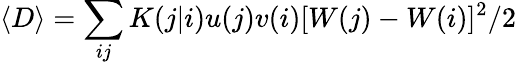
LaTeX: \langle D\rangle=\sum_{ij}K(j|i)u(j)v(i)[W(j)-W(i)]^{2}/2